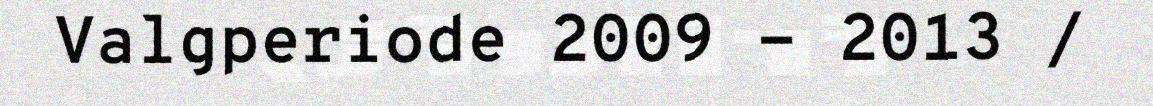
Valgperiode 2009 - 2013 /